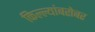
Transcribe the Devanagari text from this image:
किल्ल्यांबरोबर